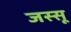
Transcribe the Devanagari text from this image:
जस्सू